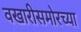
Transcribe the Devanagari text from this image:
वखारीसमोरच्या